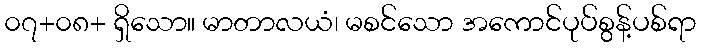
၀၇+၀၈+ ရှိသော။ မာတာလယံ၊ မစင်သော အကောင်ပုပ်စွန့်ပစ်ရာ